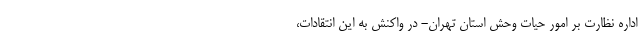
اداره نظارت بر امور حیات وحش استان تهران- در واکنش به این انتقادات،